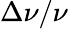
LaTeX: \Delta\nu/\nu